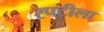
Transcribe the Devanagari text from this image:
रपटीला